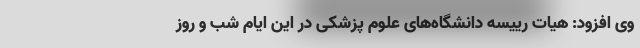
وی افزود: هیات رییسه دانشگاه‌های علوم پزشکی در این ایام شب و روز